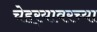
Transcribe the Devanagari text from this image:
चेहर्‍यावरच्या